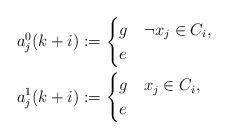
LaTeX: \begin{align*}a_j^0(k+i) &:= \begin{cases}g & \neg x_j \in C_i, \\e & \end{cases}\\a_j^1(k+i) &:= \begin{cases}g & x_j \in C_i, \\e & \end{cases}\end{align*}